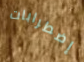
إضطرابات